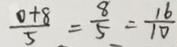
\frac { 0 + 8 } { 5 } = \frac { 8 } { 5 } = \frac { 1 6 } { 1 0 }